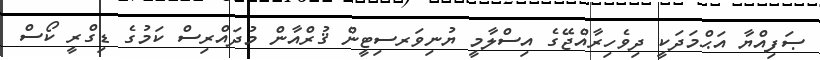
ޞަފިއްޔާ އަޙްމަދަކީ ދިވެހިރާއްޖޭގެ އިސްލާމީ ޔުނިވަރސިޓީން ޤުރްއާން މުދައްރިސް ކަމުގެ ޑިގްރީ ކޯސް